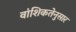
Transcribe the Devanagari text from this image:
वांशिकतेनुसार